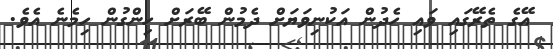
އޭގެ ތެރޭގައި ވައި ހެދުން އަކުނިވަޔަށް ދެމުން ބޭރަށް ހިންގުން ހިމެނެ އެވެ.